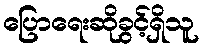
ပြောရေးဆိုခွင့်ရှိသူ